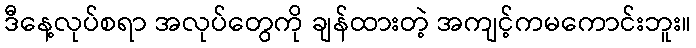
ဒီနေ့လုပ်စရာ အလုပ်တွေကို ချန်ထားတဲ့ အကျင့်ကမကောင်းဘူး။